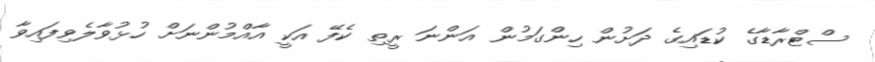
ސްޓްރާޑާގެ ކުޑައިގެ ދަށުން ހިންގަމުން އަންނަ ރީތި ކެފޭ އަކީ އާއްމުންނަށް ހުޅުވާލެވިފައިވާ